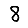
Digit: 8